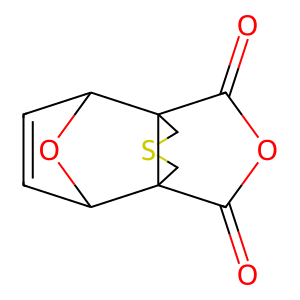
SMILES: O=C1OC(=O)C23CSCC12C1C=CC3O1
Inhibits HIV replication: No